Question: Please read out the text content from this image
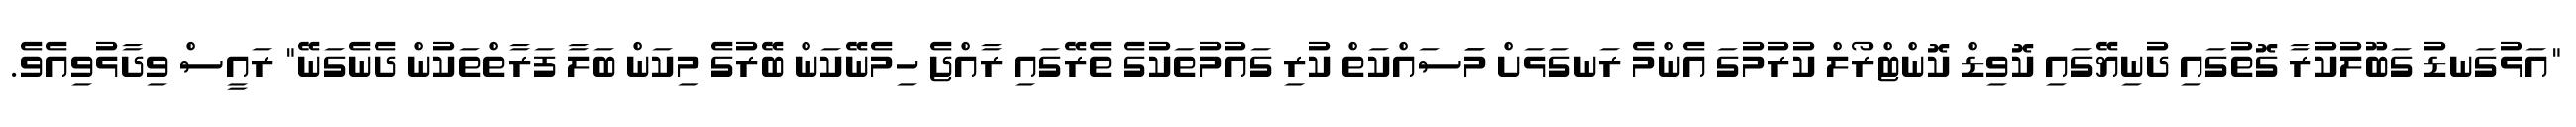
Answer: "އަޅުގަނޑު ގަބޫލުކުރާ ގޮތުގައި ދުނިޔޭގައި ކޮވިޑް ކޮންޓްރޯލް ކުރުމުގަ އެންމެ ރަނގަޅަށް މަަސައްކަތް ކުރި ގައުމުތަކުގެ ތެރޭގައި ރާއްޖެ ހިމެނޭކަން ބޭރުގެ މިކަން ބަލާ ފަރާތްތަކުން ދެނެގަނޭ" ރައީސް ވިދާޅުވިއެވެ.